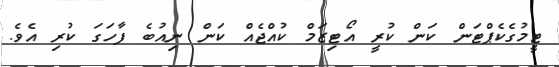
ޓީމުގެކެޕްޓަން ކަން ކުރީ އޯޓިޒަމް ކުއްޖެއް ކަން ނިއުބެ ފާހަގަ ކުރި އެވެ.